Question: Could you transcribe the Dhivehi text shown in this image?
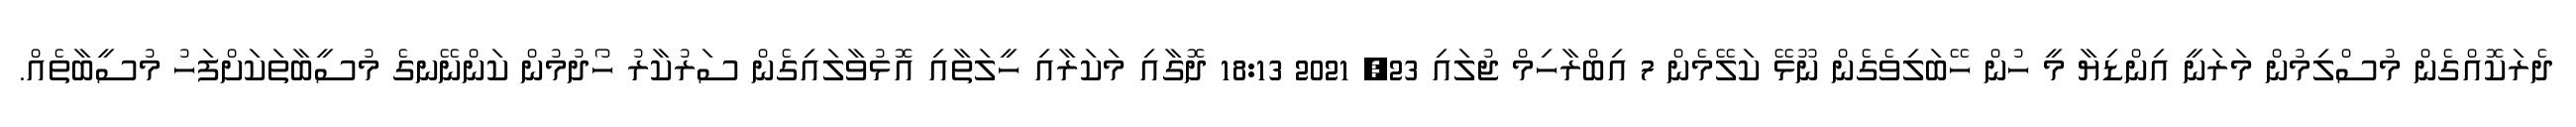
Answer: ދެރަކޮއްގެން މުސްލިމުން މަރަނީ އިންޑިޔާ މީ ހުން ހޭބަލިވެގެން ނޫޅޭ ކަލޭމެން 7 އިބްރާހިމް ޖުލައި 23, 2021 18:13 ދޮގާއި މަކަރާއި ހީލަތާއި އޮޅުވާލައިގެން ސަރުކާރު ހޯދުމުން ކަންނޭނގެ މުސީބާތަކަށްފަހު މުސީބާތެއް.